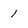
Character: 1